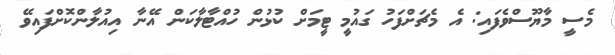
މެސީ މާޔޫސްވެފައި: އެ މެޗަށްފަހު ގައުމީ ޓީމަށް ކުޅުން ހުއްޓާލާކަން އޭނާ އިއުލާންކޮށްފައިވޭ